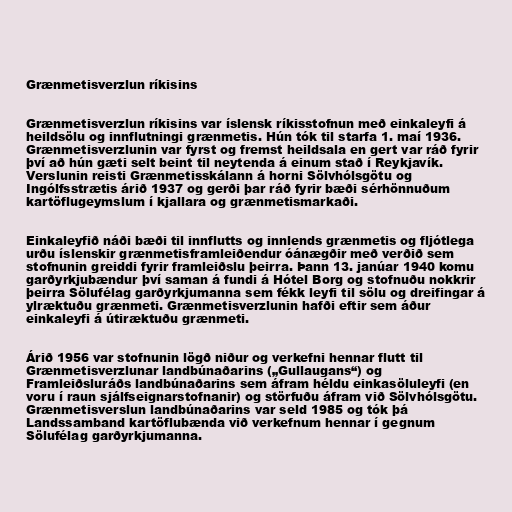
Grænmetisverzlun ríkisins

Grænmetisverzlun ríkisins var íslensk ríkisstofnun með einkaleyfi á
heildsölu og innflutningi grænmetis. Hún tók til starfa 1. maí 1936.
Grænmetisverzlunin var fyrst og fremst heildsala en gert var ráð fyrir
því að hún gæti selt beint til neytenda á einum stað í Reykjavík.
Verslunin reisti Grænmetisskálann á horni Sölvhólsgötu og
Ingólfsstrætis árið 1937 og gerði þar ráð fyrir bæði sérhönnuðum
kartöflugeymslum í kjallara og grænmetismarkaði.

Einkaleyfið náði bæði til innflutts og innlends grænmetis og fljótlega
urðu íslenskir grænmetisframleiðendur óánægðir með verðið sem
stofnunin greiddi fyrir framleiðslu þeirra. Þann 13. janúar 1940 komu
garðyrkjubændur því saman á fundi á Hótel Borg og stofnuðu nokkrir
þeirra Sölufélag garðyrkjumanna sem fékk leyfi til sölu og dreifingar á
ylræktuðu grænmeti. Grænmetisverzlunin hafði eftir sem áður
einkaleyfi á útiræktuðu grænmeti.

Árið 1956 var stofnunin lögð niður og verkefni hennar flutt til
Grænmetisverzlunar landbúnaðarins („Gullaugans“) og
Framleiðsluráðs landbúnaðarins sem áfram héldu einkasöluleyfi (en
voru í raun sjálfseignarstofnanir) og störfuðu áfram við Sölvhólsgötu.
Grænmetisverslun landbúnaðarins var seld 1985 og tók þá
Landssamband kartöflubænda við verkefnum hennar í gegnum
Sölufélag garðyrkjumanna.